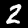
Label: 2